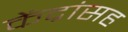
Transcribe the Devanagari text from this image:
केंद्रांसह